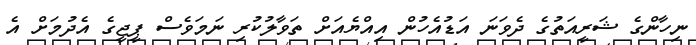
ނިހާންގެ ޝަރީއަތުގެ ދެވަނަ އަޑުއެހުން އިއްޔެއަށް ތަވާލުކުރި ނަމަވެސް ޕީޖީގެ އެދުމަށް އެ